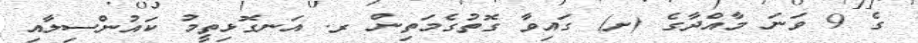
ގެ 9 ވަނަ މާއްދާގެ (ށ) ގައިވާ ގޮތުގެމަތިން ރ. އަނގޮޅިތީމު ކައުންސިލާއި